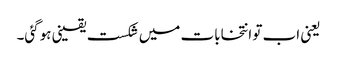
یعنی اب تو انتخابات میں شکست یقینی ہوگئی۔